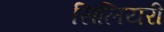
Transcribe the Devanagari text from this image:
सिलियरी